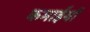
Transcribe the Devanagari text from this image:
कमाईयों